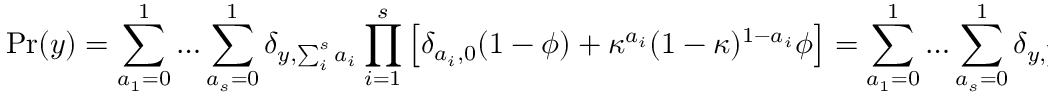
\mathrm { P r } ( y ) = \sum _ { a _ { 1 } = 0 } ^ { 1 } \dots \sum _ { a _ { s } = 0 } ^ { 1 } \delta _ { y , \sum _ { i } ^ { s } a _ { i } } \prod _ { i = 1 } ^ { s } \left[ \delta _ { a _ { i } , 0 } ( 1 - \phi ) + \kappa ^ { a _ { i } } ( 1 - \kappa ) ^ { 1 - a _ { i } } \phi \right] = \sum _ { a _ { 1 } = 0 } ^ { 1 } \dots \sum _ { a _ { s } = 0 } ^ { 1 } \delta _ { y , \sum _ { i } ^ { s } a _ { i } } \prod _ { i = 1 } ^ { s } \mathrm { P r } ( a _ { i } ) .